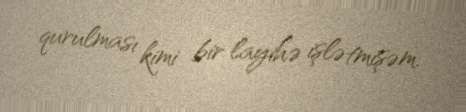
qurulması kimi bir layihə işlətmişəm.